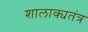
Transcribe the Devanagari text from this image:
शालाक्यतंत्र